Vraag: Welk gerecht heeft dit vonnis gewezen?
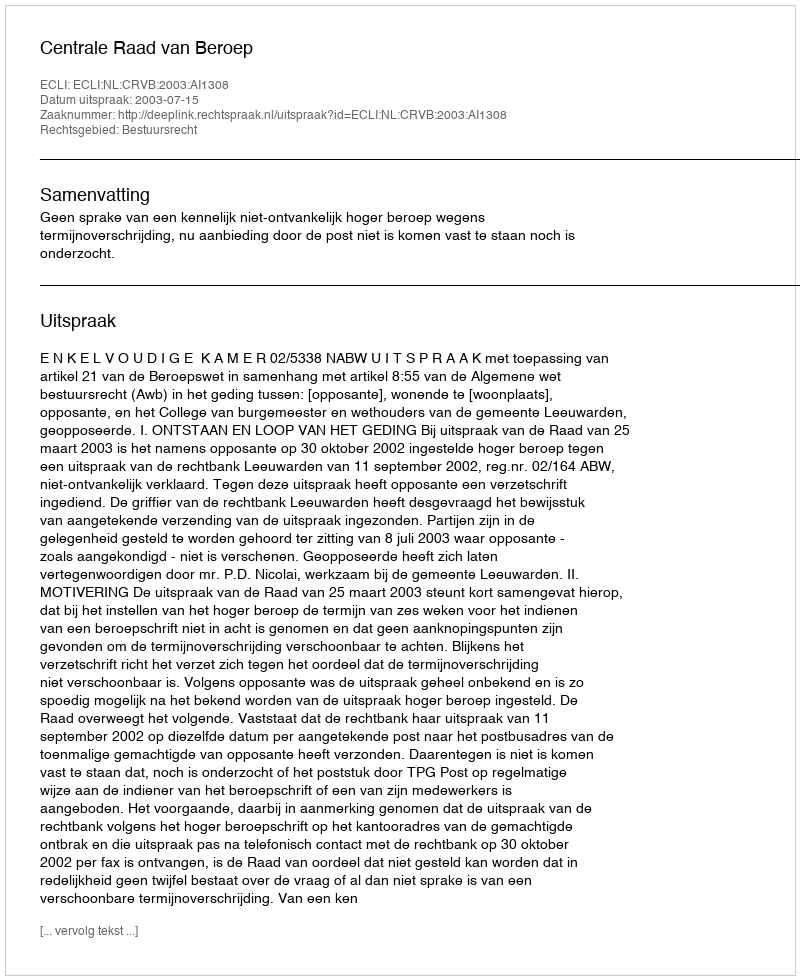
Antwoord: Centrale Raad van Beroep